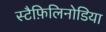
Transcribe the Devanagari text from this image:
स्टैफ़िलिनोडिया